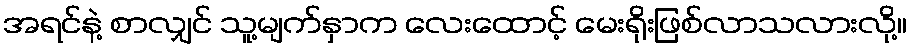
အရင်နဲ့ စာလျှင် သူ့မျက်နှာက လေးထောင့် မေးရိုးဖြစ်လာသလားလို့။